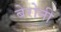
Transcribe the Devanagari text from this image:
बेरोनी